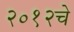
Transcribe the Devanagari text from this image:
२०१२चे